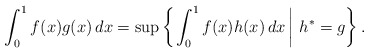
\begin{align*}\int^1_0 f(x) g(x) \, dx = \sup\left\{ \left.\int^1_0 f(x) h(x)\, dx \, \right| \, h^* = g \right\}.\end{align*}